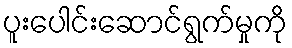
ပူးပေါင်းဆောင်ရွက်မှုကို